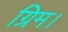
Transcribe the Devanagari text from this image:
ग्रिम।